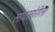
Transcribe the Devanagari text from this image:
लाचखोरीला